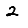
Digit: 2